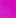
لن